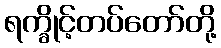
ရက္ခိုင့်တပ်တော်တို့